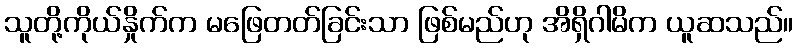
သူတို့ကိုယ်နှိုက်က မဖြေတတ်ခြင်းသာ ဖြစ်မည်ဟု အိရှိဂါမိက ယူဆသည်။